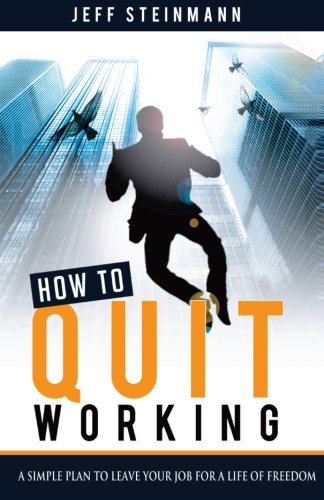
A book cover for How To Quit Working: A Simple Plan to Leave Your Job for a Life of Freedom; Jeff Steinmann; Business & Money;